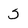
Character: S